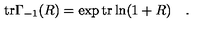
\mathrm { t r } \Gamma _ { - 1 } ( R ) = \exp \mathrm { t r } \ln ( 1 + R ) \quad .